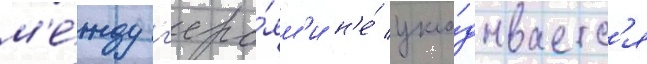
м'е́жду г'еро́ям'и н'е́ укла́дываетс'я